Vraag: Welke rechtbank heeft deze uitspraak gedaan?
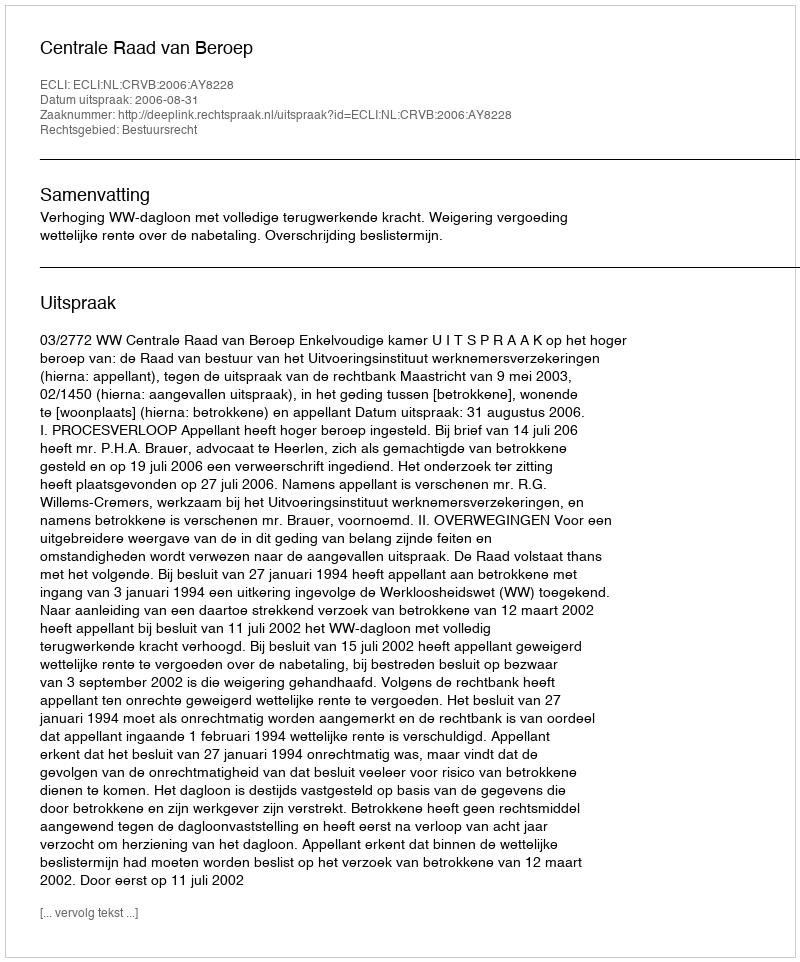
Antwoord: Centrale Raad van Beroep